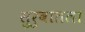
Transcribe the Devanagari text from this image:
सुरुवातला